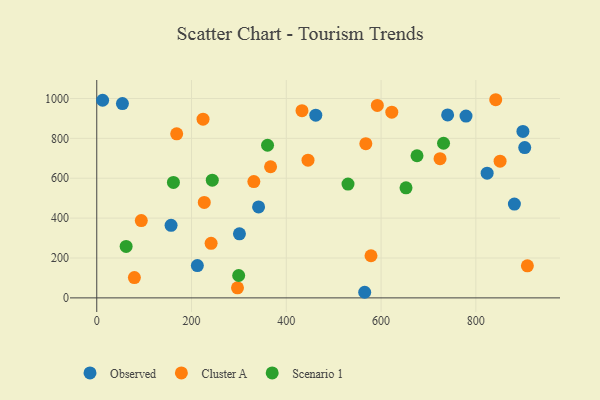
{"axis": {"x": "Distance", "y": "Rating"}, "legend": ["Cluster A", "Observed", "Scenario 1"], "data": [{"x": "341.5", "y": 456.1, "type": "Observed"}, {"x": "565.4", "y": 28.1, "type": "Observed"}, {"x": "301.1", "y": 321.0, "type": "Observed"}, {"x": "899.3", "y": 834.7, "type": "Observed"}, {"x": "462.2", "y": 916.5, "type": "Observed"}, {"x": "823.8", "y": 625.5, "type": "Observed"}, {"x": "740.4", "y": 917.5, "type": "Observed"}, {"x": "881.3", "y": 470.5, "type": "Observed"}, {"x": "779.2", "y": 912.0, "type": "Observed"}, {"x": "903.1", "y": 753.8, "type": "Observed"}, {"x": "12.4", "y": 991.2, "type": "Observed"}, {"x": "156.8", "y": 364.1, "type": "Observed"}, {"x": "54.2", "y": 974.4, "type": "Observed"}, {"x": "212.3", "y": 162.0, "type": "Observed"}, {"x": "224.3", "y": 896.1, "type": "Cluster A"}, {"x": "433.1", "y": 939.0, "type": "Cluster A"}, {"x": "578.7", "y": 211.3, "type": "Cluster A"}, {"x": "226.9", "y": 478.5, "type": "Cluster A"}, {"x": "331.5", "y": 583.5, "type": "Cluster A"}, {"x": "567.8", "y": 773.5, "type": "Cluster A"}, {"x": "94.0", "y": 387.9, "type": "Cluster A"}, {"x": "241.3", "y": 273.7, "type": "Cluster A"}, {"x": "366.8", "y": 657.7, "type": "Cluster A"}, {"x": "168.7", "y": 822.9, "type": "Cluster A"}, {"x": "851.1", "y": 685.7, "type": "Cluster A"}, {"x": "622.6", "y": 931.2, "type": "Cluster A"}, {"x": "592.1", "y": 965.4, "type": "Cluster A"}, {"x": "297.0", "y": 50.5, "type": "Cluster A"}, {"x": "841.9", "y": 993.8, "type": "Cluster A"}, {"x": "724.4", "y": 698.2, "type": "Cluster A"}, {"x": "908.7", "y": 160.7, "type": "Cluster A"}, {"x": "79.4", "y": 102.0, "type": "Cluster A"}, {"x": "445.8", "y": 690.7, "type": "Cluster A"}, {"x": "530.2", "y": 571.0, "type": "Scenario 1"}, {"x": "161.8", "y": 578.9, "type": "Scenario 1"}, {"x": "731.8", "y": 775.4, "type": "Scenario 1"}, {"x": "62.0", "y": 258.1, "type": "Scenario 1"}, {"x": "299.5", "y": 112.2, "type": "Scenario 1"}, {"x": "360.4", "y": 765.5, "type": "Scenario 1"}, {"x": "243.8", "y": 590.2, "type": "Scenario 1"}, {"x": "652.6", "y": 552.2, "type": "Scenario 1"}, {"x": "675.8", "y": 712.7, "type": "Scenario 1"}]}